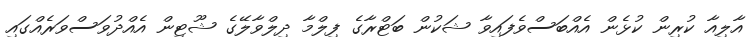
އާލިއާ ކުރިން ކުޅެން އެއްބަސްވެފައިވާ ޝަކުން ބަޓްރާގެ ފިލްމާ ދިލްވާލޭގެ ޝޫޓިން އެއްދުވަސްވަރެއްގައި